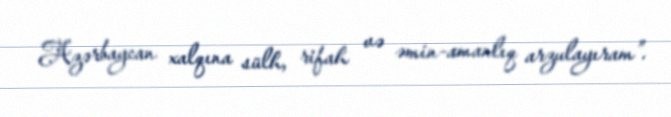
Azərbaycan xalqına sülh, rifah və əmin-amanlıq arzulayıram”.